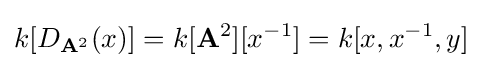
k[D_{\mathbf {A} ^{2}}(x)]=k[\mathbf {A} ^{2}][x^{-1}]=k[x,x^{-1},y]